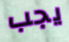
يجب